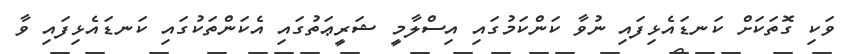
ވަކި ގޮތަކަށް ކަނޑައެޅިފައި ނުވާ ކަންކަމުގައި އިސްލާމީ ޝަރީޢަތުގައި އެކަންތަކުގައި ކަނޑައެޅިފައި ވާ